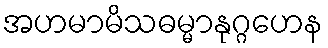
အဟမာမိသဓမ္မာနုဂ္ဂဟေန